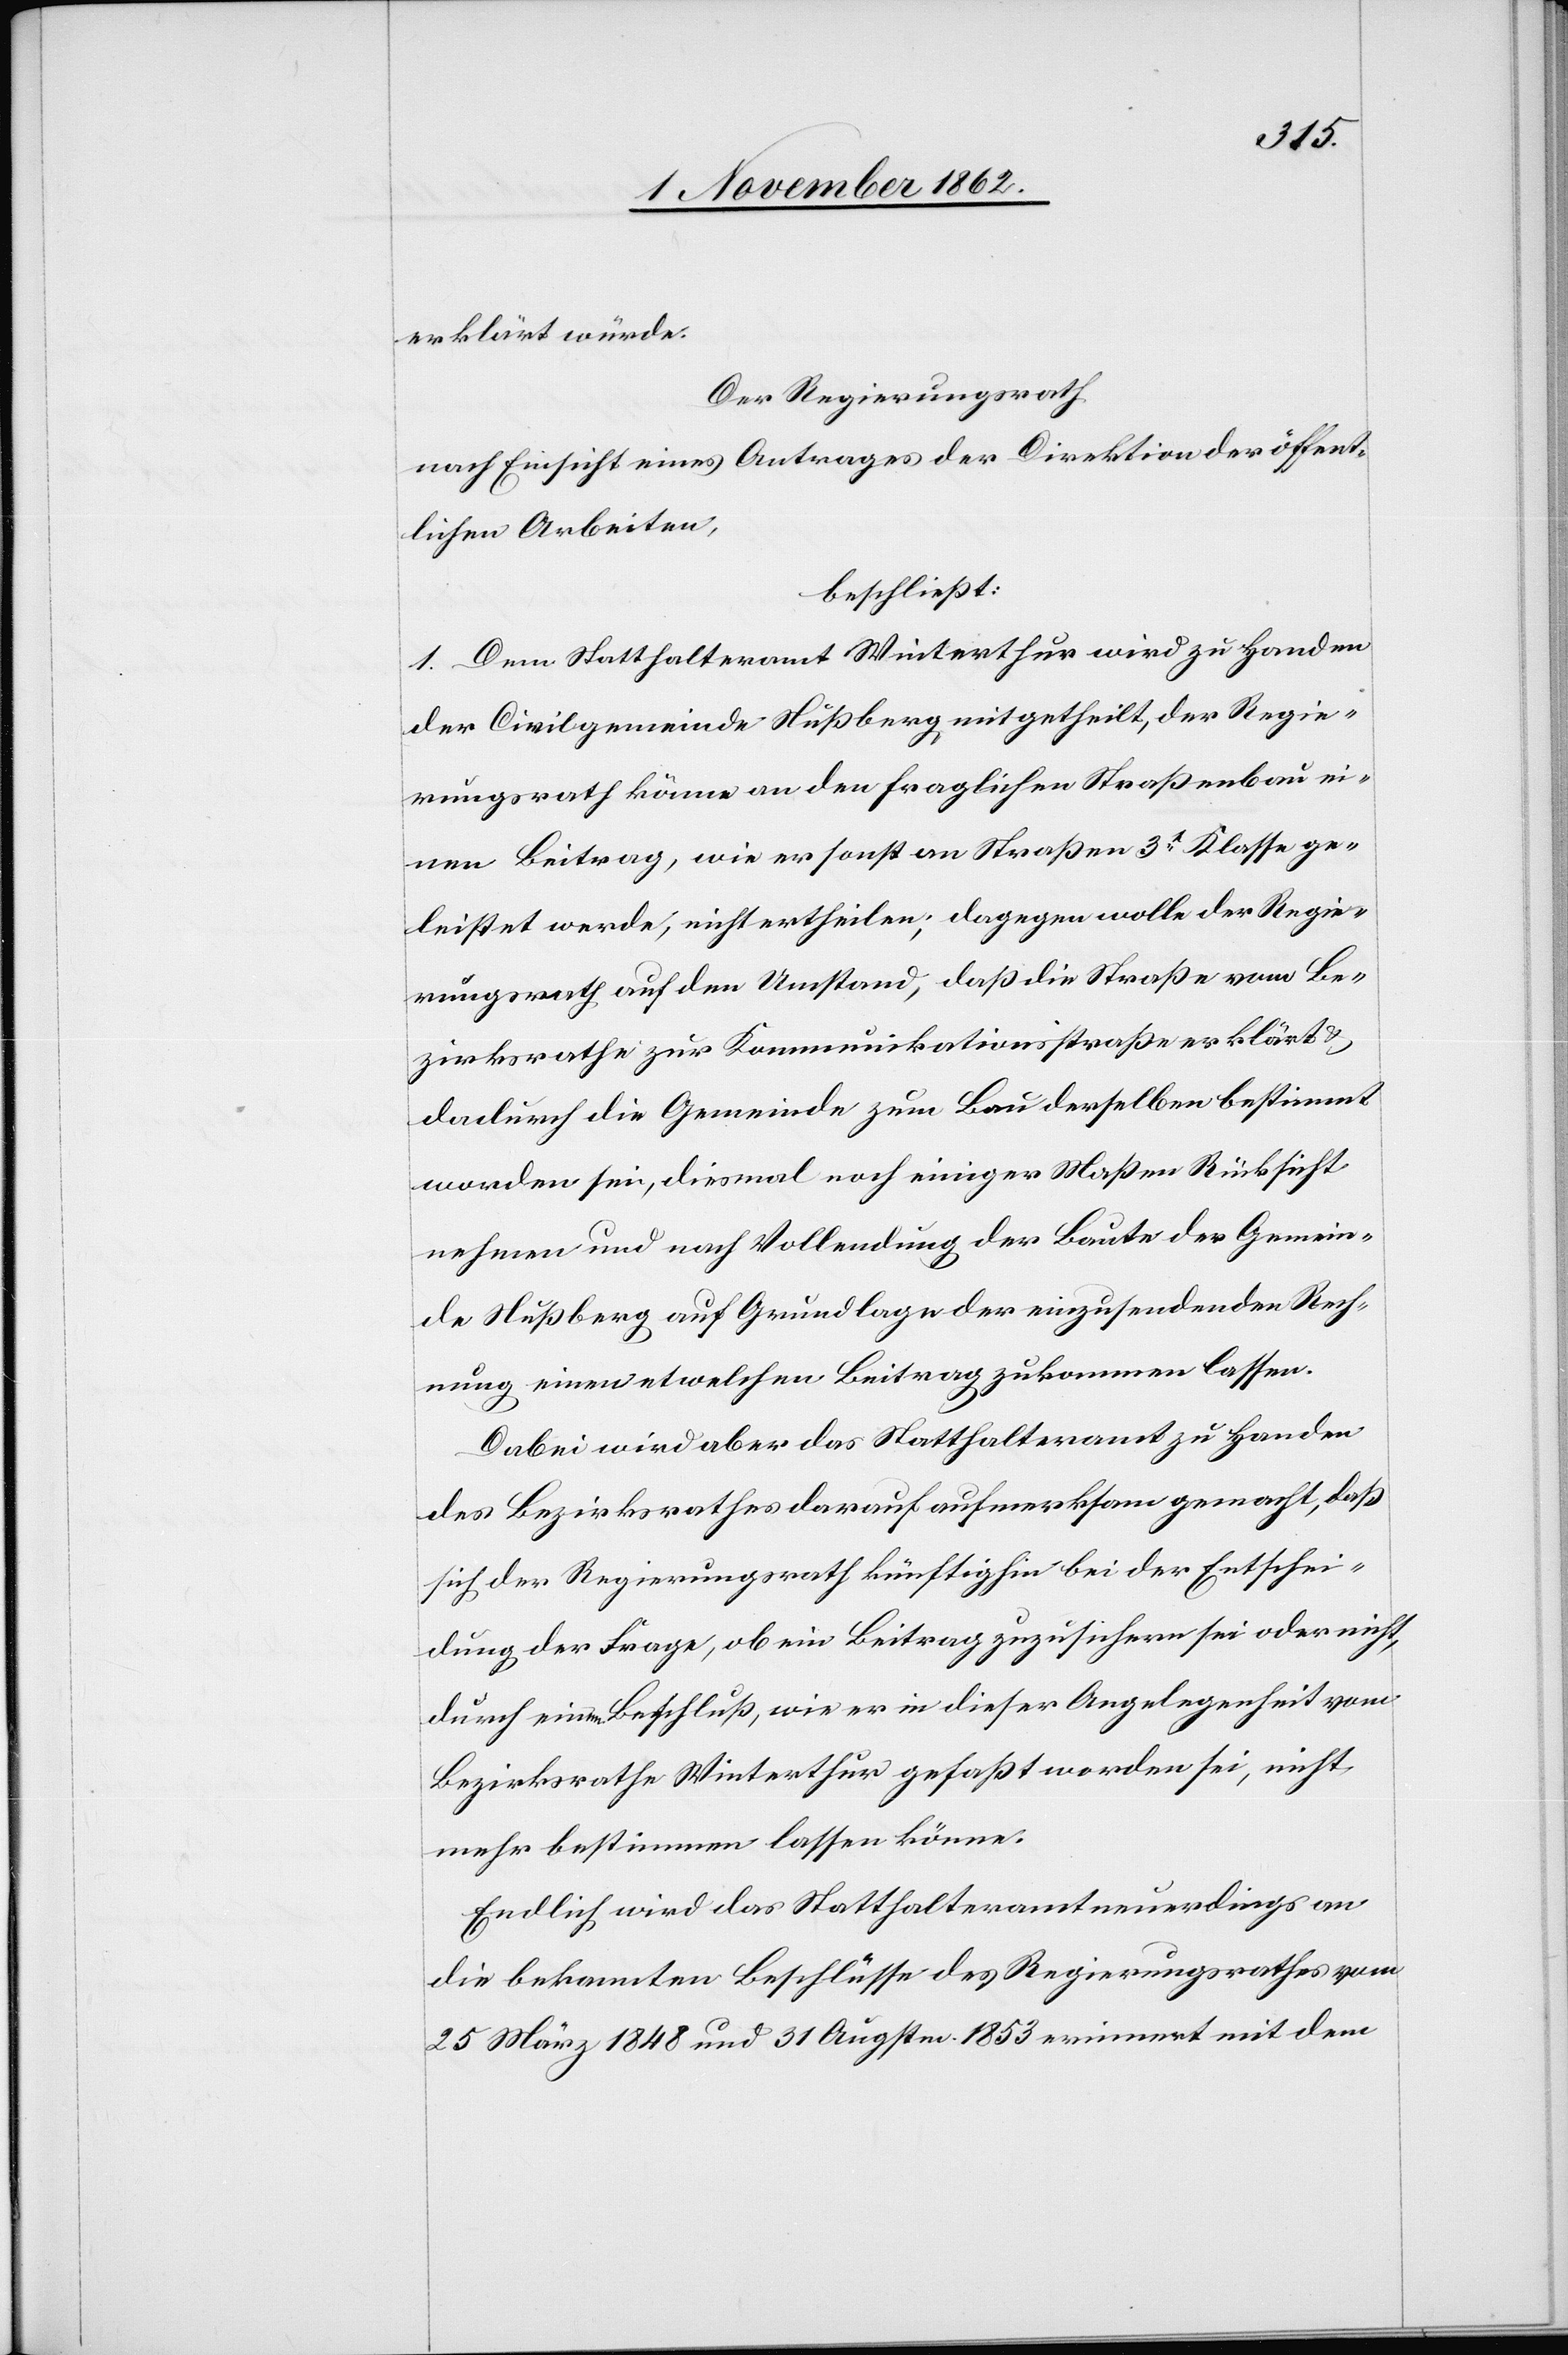
erklärt würde.
Der Regierungsrath,
nach Einsicht eines Antrage der Direktion der öffent¬
lichen Arbeiten,
beschließt:
1. Dem Statthalteramt Winterthur wird zu Handen
der Civilgemeinde Nußberg mitgehteilt, der Regie¬
rungsrath könne an den fraglichen Straßenbau ei¬
nen Beitrag, wie er sonst an Straßen 3t Klasse ge¬
leistet werde, nicht ertheilen, dagegen wolle der Regie¬
rungsrath auf den Umstand, daß die Straße vom Be¬
zirksrathe zur Kommunikationsstraße erklärt u.
dadurch die Gemeinde zum Bau derselben bestimmt
worden sei, diesmal noch einiger Maßen Rücksicht
nehmen und nach Vollendung der Baute der Gemein¬
de Nußberg auf Grundlage der einzusendenden Rech¬
nung einen etwelchen Beitrag zukommen lassen.
Dabei wird aber das Statthalteramt zu Handen
des Bezirksrathes darauf aufmerksam gemacht, daß
sich der Regierungsrath künftighin bei der Entschei¬
dung der Frage, ob ein Beitrag zuzusichern sei oder nicht,
durch einen Beschluß, wie er in dieser Angelegenheit vom
Bezirksrathe Winterthur gefaßt worden sei, nicht
mehr bestimmen lassen könne.
Endlich wird das Statthalteramt neuerdings an
die bekannten Beschlüsse des Regierungsrathes vom
25. März 1848 und 31. Augsten 1853 erinnert mit dem